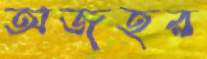
অজহর